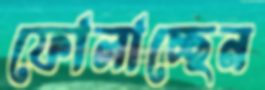
ফোলাচ্ছেন